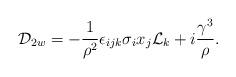
LaTeX: \begin{align*}{\cal D}_{2w} = - {\frac{1}{{\rho}^{2}}} {\epsilon}_{i j k} {\sigma}_{i} x_{j} {\cal L}_{k} + i{\frac{{\gamma}^{3}}{\rho}}.\end{align*}